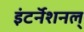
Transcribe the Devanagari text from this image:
इंटर्नॅशनल्